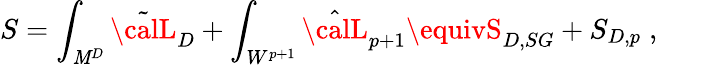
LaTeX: S=\int_{\mathit{M}^{D}}\tilde{{{\calL}}}_{D}+\int_{W^{p+1}}\hat{{{\calL}}}_{p+1}\equivS_{D,SG}+S_{D,p}\; ,\qquad